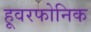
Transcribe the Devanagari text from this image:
हूवरफोनिक